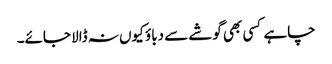
چاہے کسی بھی گوشے سے دباؤ کیوں نہ ڈالا جائے۔